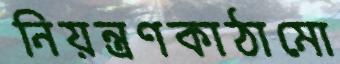
নিয়ন্ত্রণকাঠামো